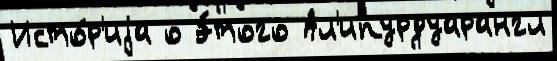
Исто́р'иjа о э́того Ал'ипурдуарангл